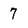
Character: 7